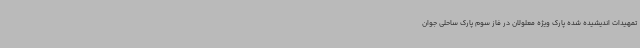
تمهیدات اندیشیده شده پارک ویژه معلولان در فاز سوم پارک ساحلی جوان